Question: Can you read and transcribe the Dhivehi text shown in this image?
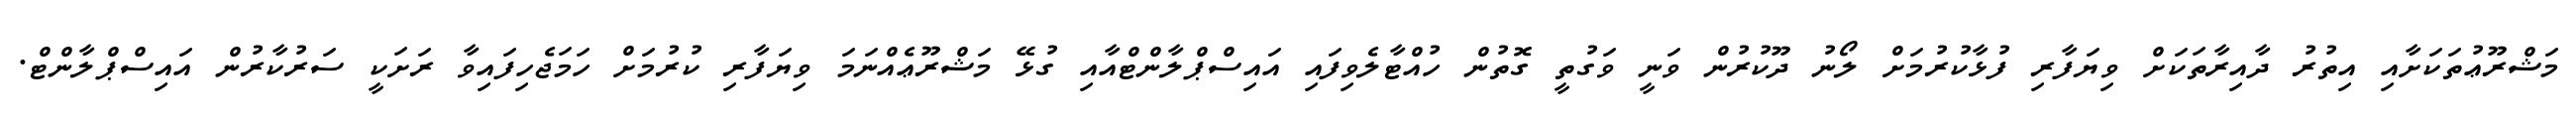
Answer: މަޝްރޫޢުތަކަށާއި އިތުރު ދާއިރާތަކަށް ވިޔަފާރި ފުޅާކުރުމަށް ލޯނު ދޫކުރުން ވަނީ ވަގުތީ ގޮތުން ހުއްޓާލެވިފައި އައިސްޕްލާންޓްއާއި ގުޅޭ މަޝްރޫޢެއްނަމަ ވިޔަފާރި ކުރުމަށް ހަމަޖެހިފައިވާ ރަށަކީ ސަރުކާރުން އައިސްޕްލާންޓް.